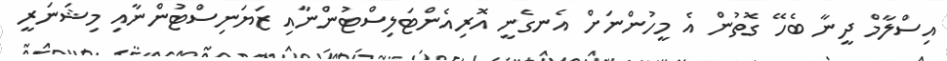
އިސްލާމް ދީނާ ބެހޭ ގޮތުން އެ މީހުންނަށް އެނގެނީ އޮރިއެންޓަލިސްޓުންނާއި ޒަޔަނިސްޓުންނާއި މިޝަނަރީ